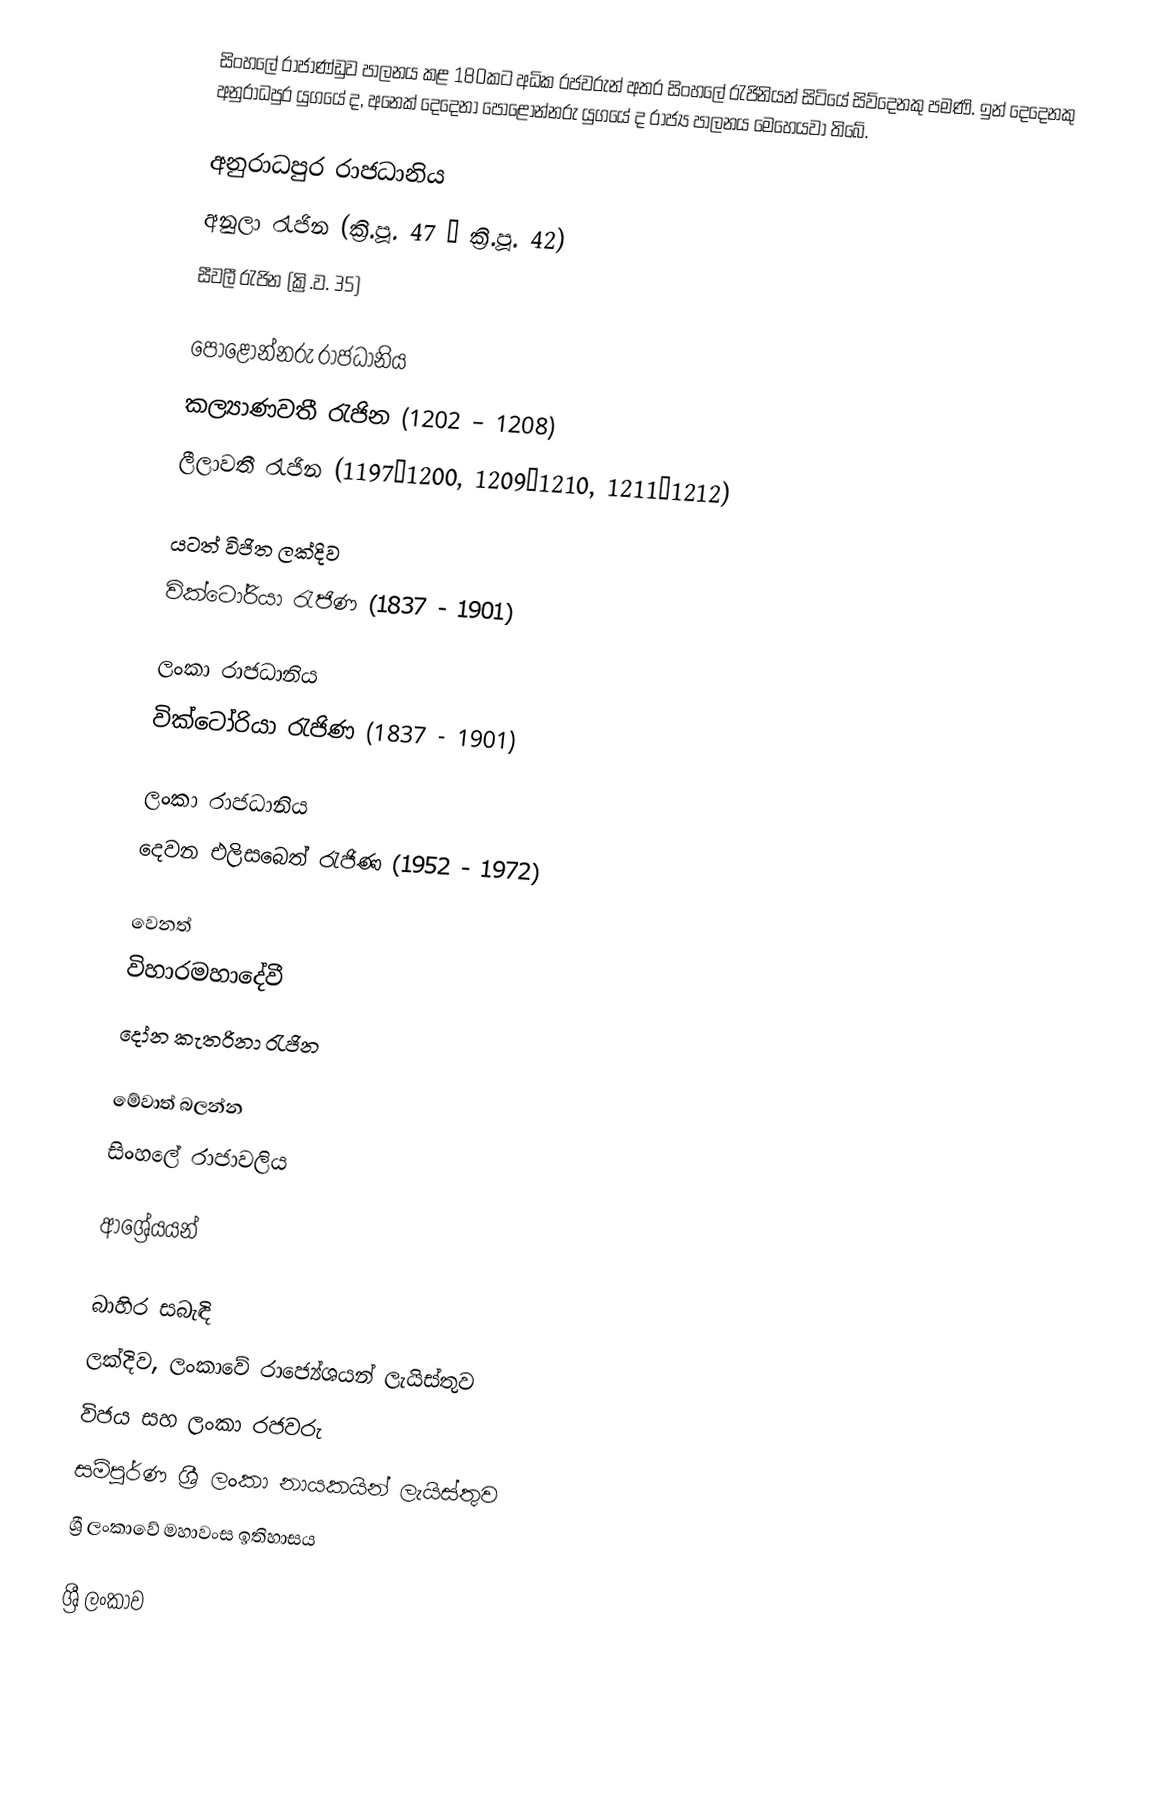
සිංහලේ රාජාණ්ඩුව පාලනය කළ 180කට අධික රජවරුන් අතර සිංහලේ රැජිනියන් සිටියේ සිව්දෙනකු පමණි. ඉන් දෙදෙනකු අනුරාධපුර යුගයේ ද, අනෙක් දෙදෙනා පොළොන්නරු යුගයේ ද රාජ්‍ය පාලනය මෙහෙයවා තිබේ.

අනුරාධපුර රාජධානිය
 අනුලා රැජින (ක්‍රි.පූ. 47 – ක්‍රි.පූ. 42)
 සීවලී රැජින (ක්‍රි.ව. 35)

පොළොන්නරු රාජධානිය
 කල්‍යාණවතී රැජින (1202 – 1208)
 ලීලාවතී රැජින (1197–1200, 1209–1210, 1211–1212)

යටත් විජිත ලක්දිව
 වික්ටෝරියා රැජිණ (1837 - 1901)

ලංකා රාජධානිය
 වික්ටෝරියා රැජිණ (1837 - 1901)

ලංකා රාජධානිය
 දෙවන එලිසබෙත් රැජිණ (1952 - 1972)

වෙනත්
 විහාරමහාදේවී
 දෝන කැතරිනා රැජින

මේවාත් බලන්න
 සිංහලේ රාජාවලිය

ආශ්‍රේයයන්

බාහිර සබැඳි
 ලක්දිව, ලංකාවේ රාජ්‍යේශයන් ලැයිස්තුව
 විජය සහ ලංකා රජවරු
 සම්පූර්ණ ශ්‍රී ලංකා නායකයින් ලැයිස්තුව
 ශ්‍රී ලංකාවේ මහාවංස ඉතිහාසය

ශ්‍රී ලංකාව